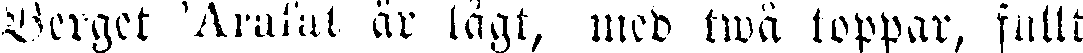
Berget Arafat är lågt, med twå toppar, fullt